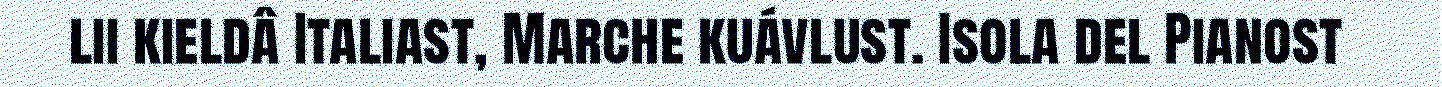
lii kieldâ Italiast, Marche kuávlust. Isola del Pianost